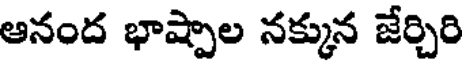
ఆనంద భాష్పాల నక్కున జేర్చిరి